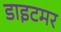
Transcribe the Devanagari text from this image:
डाइटमर